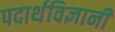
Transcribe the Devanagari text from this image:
पदार्थविज्ञानी